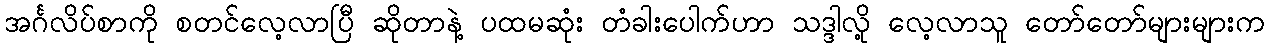
အင်္ဂလိပ်စာကို စတင်လေ့လာပြီ ဆိုတာနဲ့ ပထမဆုံး တံခါးပေါက်ဟာ သဒ္ဒါလို့ လေ့လာသူ တော်တော်များများက